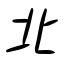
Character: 北